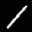
Label: 1